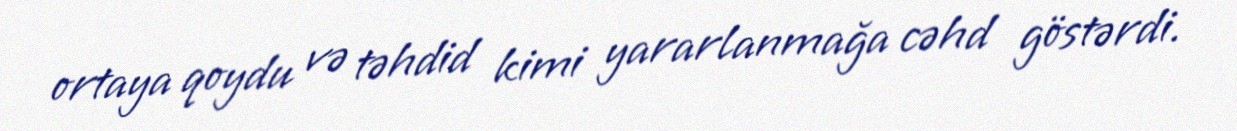
ortaya qoydu və təhdid kimi yararlanmağa cəhd göstərdi.